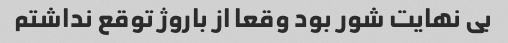
بی نهایت شور بود وقعا از باروژ توقع نداشتم